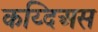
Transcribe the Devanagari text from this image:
कय्दिअस